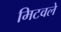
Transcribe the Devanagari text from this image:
मिटवले